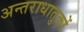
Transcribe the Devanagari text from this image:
अन्तराधातुकों